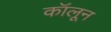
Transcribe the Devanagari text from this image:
कॉलून